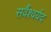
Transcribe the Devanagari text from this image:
सर्वैश्‍वर्यद